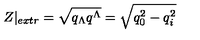
Z | _ { e x t r } = \sqrt { q _ { \Lambda } q ^ { \Lambda } } = \sqrt { q _ { 0 } ^ { 2 } - q _ { i } ^ { 2 } }